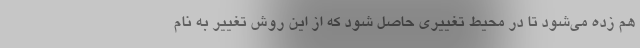
هم زده می‌شود تا در محیط تغییری حاصل شود که از این روش تغییر به نام